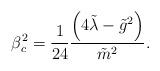
LaTeX: \begin{align*}\beta_{c}^{2}=\frac{1}{24}\frac{\left( 4\tilde{\lambda}-{\tilde{g}}^{2}\right)}{\tilde{m}^{2}}.\end{align*}